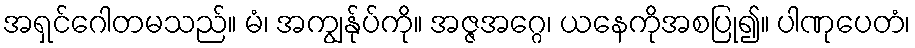
အရှင်ဂေါတမသည်။ မံ၊ အကျွန်ုပ်ကို။ အဇ္ဇအဂ္ဂေ၊ ယနေကိုအစပြု၍။ ပါဏုပေတံ၊